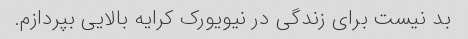
بد نیست برای زندگی در نیویورک کرایه بالایی بپردازم.